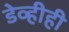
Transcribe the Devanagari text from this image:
डेव्हीही